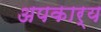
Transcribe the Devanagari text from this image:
अपकार्य